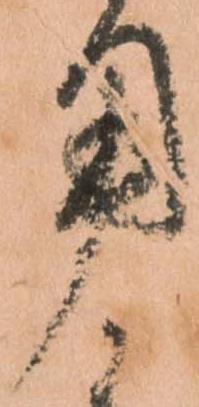
用